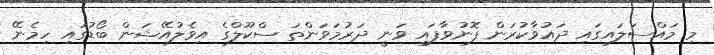
މި މައްސަލައިގައި ދައުވާކުރަން ފޮނުވާފައި ވަނީ ދަރުމަވަންތަ ސްކޫލްގެ އިވެލުއޭޝަން ބޯޑުގައި ހިމެނޭ